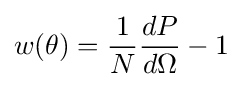
w(\theta )={\frac {1}{N}}{\frac {dP}{d\Omega }}-1